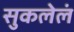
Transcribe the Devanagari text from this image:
सुकलेलं